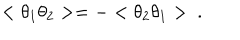
< \theta _ { 1 } \theta _ { 2 } > = - < \theta _ { 2 } \theta _ { 1 } > \ .